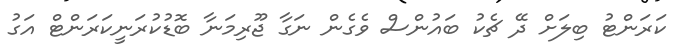
ކަރަންޓު ބިލަށް ދޭ ޗެކު ބައުންސް ވެގެން ނަގާ ޖޫރިމަނާ ބޮޑުކުރަނީކަރަންޓް އަގު